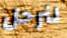
لنرحل